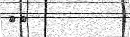
١٧